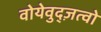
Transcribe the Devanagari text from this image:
वोयेवुद्ज़त्वो